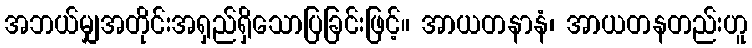
အဘယ်မျှအတိုင်းအရှည်ရှိသောပြခြင်းဖြင့်။ အာယတနာနံ၊ အာယတနတည်းဟူ